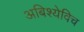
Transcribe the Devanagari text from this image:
अबिश्येविच